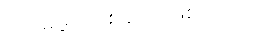
ထပ်မံဖွင့်လှစ်ခဲ့တာဖြစ်ပါတယ်။